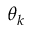
\theta _ { k }